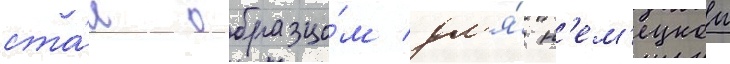
ста́л образцо́м дл'я́ н'ем'ецкои